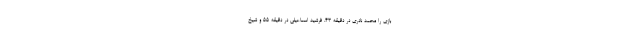
بازی را محمد نادری در دقیقه ۴۳، فرشید اسماعیلی در دقیقه ۵۵ و شیخ